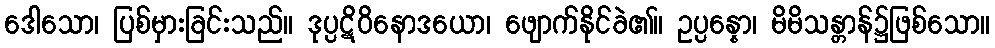
ဒေါသော၊ ပြစ်မှားခြင်းသည်။ ဒုပ္ပဋိဝိနောဒယော၊ ဖျောက်နိုင်ခဲ၏။ ဥပ္ပန္နော၊ မိမိသန္တာန်၌ဖြစ်သော။